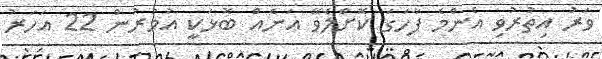
ވަރު އިތުރުވި އެންމެ ފާހަގަ ކޮށްލެވޭ އަނެއް ބޮޅަކީ އުމުރުން 22 އަހަރު